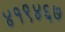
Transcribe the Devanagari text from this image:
४१९४६७